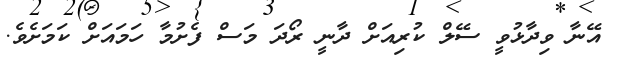
އޭނާ ވިދާޅުވީ ސޭލް ކުރިއަށް ދާނީ ރޯދަ މަސް ފެށުމާ ހަމައަށް ކަމަށެވެ.